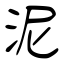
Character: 泥